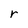
Character: r